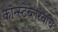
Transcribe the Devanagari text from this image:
कॉन्स्टेब्लरवाच